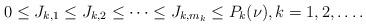
LaTeX: \begin{align*}0 \le J_{k,1} \le J_{k,2} \le\cdots\le J_{k,m_{k}} \le P_k(\nu),k=1,2, \ldots .\end{align*}